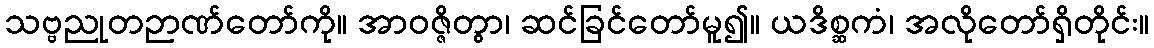
သဗ္ဗညုတဉာဏ်တော်ကို။ အာဝဇ္ဇိတွာ၊ ဆင်ခြင်တော်မူ၍။ ယဒိစ္ဆကံ၊ အလိုတော်ရှိတိုင်း။